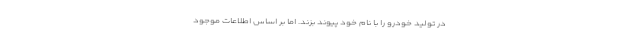
در تولید خودرو را با نام خود پیوند بزند. اما بر اساس اطلاعات موجود